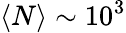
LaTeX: \langle N\rangle\sim 10^{3}